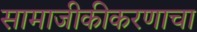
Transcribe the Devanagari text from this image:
सामाजीकीकरणाचा